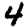
Digit: 4